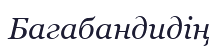
Багабандидің